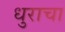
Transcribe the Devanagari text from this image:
धुराचा